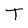
Character: T